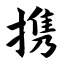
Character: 携